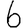
Digit: 6